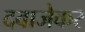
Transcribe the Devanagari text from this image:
दवाजेकर